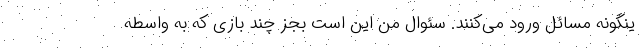
ینگونه مسائل ورود می‌کنند. سئوال من این است بجز چند بازی که به واسطه